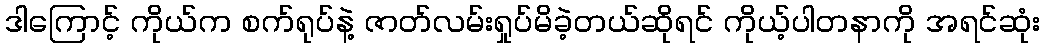
ဒါကြောင့် ကိုယ်က စက်ရုပ်နဲ့ ဇာတ်လမ်းရှုပ်မိခဲ့တယ်ဆိုရင် ကိုယ့်ပါတနာကို အရင်ဆုံး